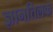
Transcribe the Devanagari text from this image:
ज्ञानतिलक